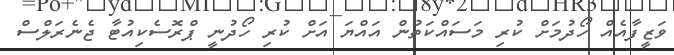
ވަޒީފާއެއް ހޯދުމަށް ކުރި މަސައްކަތުން އައްޔަ އަށް ކުރި ހޯދުނީ ޕްރޮސެކިއުޓާ ޖެނެރަލްސް